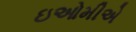
ઇઓમીએ